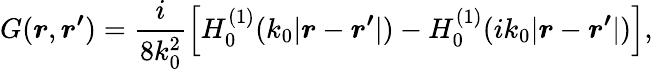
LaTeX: G(\boldsymbol{r},\boldsymbol{r^{\prime}})=\frac{i}{8k_{0}^{2}}\left[H_{0}^{(1)}(k_{0}|\boldsymbol{r}-\boldsymbol{r^{\prime}}|)-H_{0}^{(1)}(ik_{0}|\boldsymbol{r}-\boldsymbol{r^{\prime}}|)\right],